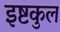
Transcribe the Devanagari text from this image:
इष्टकुल